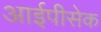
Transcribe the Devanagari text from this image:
आईपीसेक